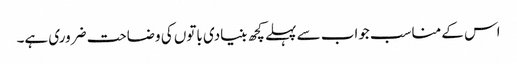
اس کے مناسب جواب سے پہلے کچھ بنیادی باتوں کی وضاحت ضروری ہے۔